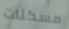
مسكنات